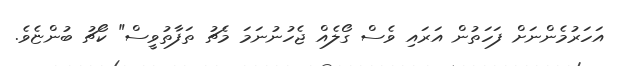
އަހަރުމެންނަށް ފަހަތުން އަރައި ވެސް ގޯލެއް ޖެހުނުނަމަ މެޗު ތަފާތުވީސް" ކޯޗު ބުންޏެވެ.